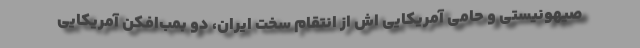
صیهونیستی و حامی آمریکایی اش از انتقام سخت ایران، دو بمب‌افکن آمریکایی